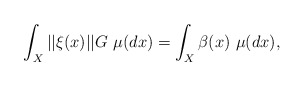
\begin{align*} \int_X ||\xi(x)||G \ \mu(dx) = \int_X \beta(x) \ \mu(dx),\end{align*}